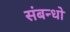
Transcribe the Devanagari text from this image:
संबन्धो